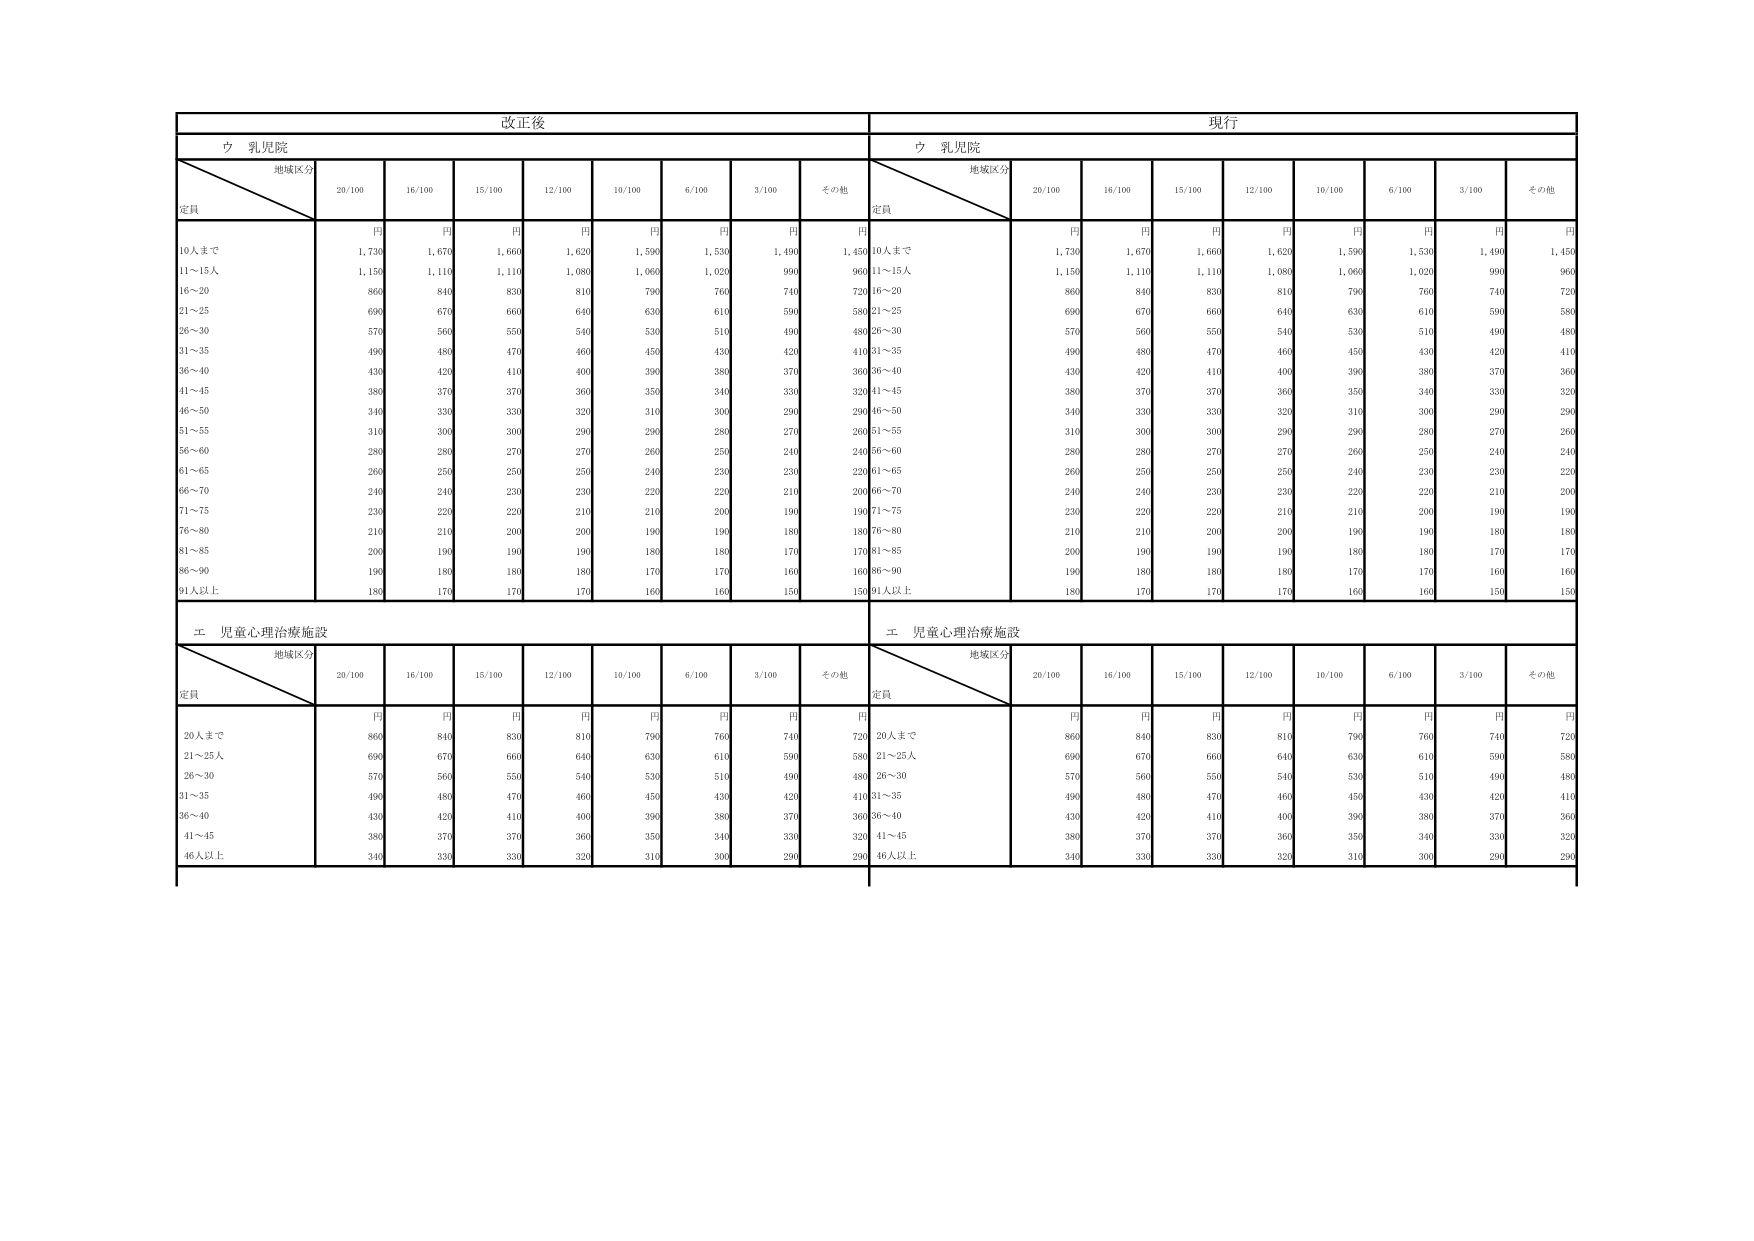
改正後
現行
ウ 乳児院
ウ 乳児院
地域区分
定員
20/100
16/100
15/100
12/100
10/100
6/100
3/100
その他
地域区分
定員
20/100
16/100
15/100
12/100
10/100
6/100
3/100
その他
円
円
円
円
円
円
円
円
円
円
円
円
円
円
円
円
円
円
10人まで
1,730
1,670
1,660
1,620
1,590
1,530
1,490
1,450
10人まで
1,730
1,670
1,660
1,620
1,590
1,530
1,490
1,450
11～15人
1,150
1,110
1,110
1,080
1,060
1,020
990
960
11～15人
1,150
1,110
1,110
1,080
1,060
1,020
990
960
16～20
860
840
830
810
790
760
740
720
16～20
860
840
830
810
790
760
740
720
21～25
690
670
660
640
630
610
590
580
21～25
690
670
660
640
630
610
590
580
26～30
570
560
550
540
530
510
490
480
26～30
570
560
550
540
530
510
490
480
31～35
490
480
470
460
450
430
420
410
31～35
490
480
470
460
450
430
420
410
36～40
430
420
410
400
390
380
370
360
36～40
430
420
410
400
390
380
370
360
41～45
380
370
370
360
350
340
330
320
41～45
380
370
370
360
350
340
330
320
46～50
340
330
330
320
310
300
290
290
46～50
340
330
330
320
310
300
290
290
51～55
310
300
300
290
290
280
270
260
51～55
310
300
300
290
290
280
270
260
56～60
280
280
270
270
260
250
240
240
56～60
280
280
270
270
260
250
240
240
61～65
260
250
250
250
240
230
230
220
61～65
260
250
250
250
240
230
230
220
66～70
240
240
230
230
220
220
210
200
66～70
240
240
230
230
220
220
210
200
71～75
230
220
220
210
210
200
190
190
71～75
230
220
220
210
210
200
190
190
76～80
210
210
200
200
190
190
180
180
76～80
210
210
200
200
190
190
180
180
81～85
200
190
190
190
180
180
170
170
81～85
200
190
190
190
180
180
170
170
86～90
190
180
180
180
170
170
160
160
86～90
190
180
180
180
170
170
160
160
91人以上
180
170
170
170
160
160
150
150
91人以上
180
170
170
170
160
160
150
150
エ 児童心理治療施設
エ 児童心理治療施設
地域区分
定員
20/100
16/100
15/100
12/100
10/100
6/100
3/100
その他
地域区分
定員
20/100
16/100
15/100
12/100
10/100
6/100
3/100
その他
円
円
円
円
円
円
円
円
円
円
円
円
円
円
円
円
円
円
20人まで
860
840
830
810
790
760
740
720
20人まで
860
840
830
810
790
760
740
720
21～25人
690
670
660
640
630
610
590
580
21～25人
690
670
660
640
630
610
590
580
26～30
570
560
550
540
530
510
490
480
26～30
570
560
550
540
530
510
490
480
31～35
490
480
470
460
450
430
420
410
31～35
490
480
470
460
450
430
420
410
36～40
430
420
410
400
390
380
370
360
36～40
430
420
410
400
390
380
370
360
41～45
380
370
370
360
350
340
330
320
41～45
380
370
370
360
350
340
330
320
46人以上
340
330
330
320
310
300
290
290
46人以上
340
330
330
320
310
300
290
290